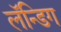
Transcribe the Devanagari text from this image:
लॅन्डिग